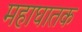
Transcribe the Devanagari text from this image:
महाघातक